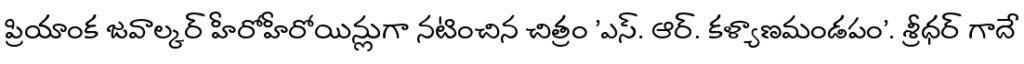
ప్రియాంక జవాల్కర్ హీరోహీరోయిన్లుగా నటించిన చిత్రం 'ఎస్. ఆర్. కళ్యాణమండపం'. శ్రీధర్ గాదే